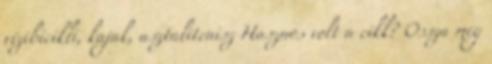
vízibicikli, kajak, asztalitenisz Hasznos volt a cikk? Ossza meg